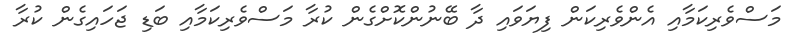
މަސްވެރިކަމާއި އެންވެރިކަން ފިޔަވައި ދާ ބޭނުންކޮށްގެން ކުރާ މަސްވެރިކަމާއި ބަޑި ޖަހައިގެން ކުރާ